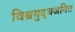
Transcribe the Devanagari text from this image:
विश्वयुद्धजनित